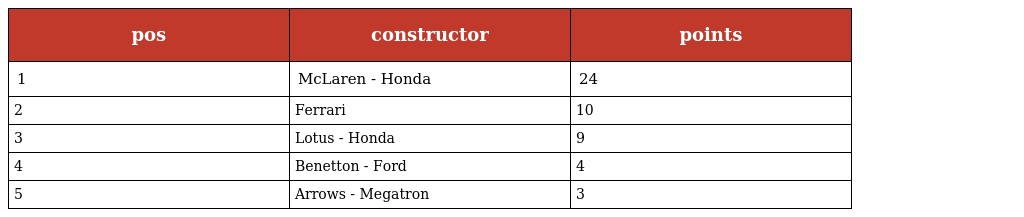
| pos | constructor | points |
 | --- | --- | --- |
 | 1 | McLaren - Honda | 24 |
 | 2 | Ferrari | 10 |
 | 3 | Lotus - Honda | 9 |
 | 4 | Benetton - Ford | 4 |
 | 5 | Arrows - Megatron | 3 |